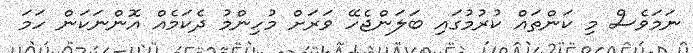
ނަމަވެސް މި ކަންތައް ކުރުމުގައި ބަލަންޖެހޭ ވަރަށް މުހިންމު ދެކަމެއް އޮންނަކަން ހަމަ